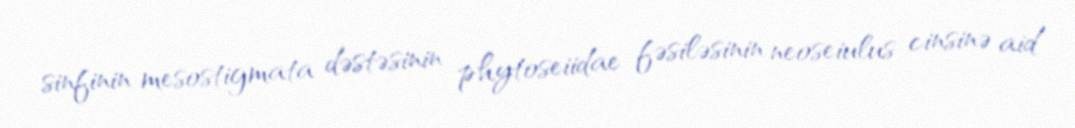
sinfinin mesostigmata dəstəsinin phytoseiidae fəsiləsinin neoseiulus cinsinə aid